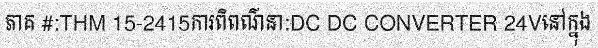
ភាគ #:THM 15-2415ការពិពណ៌នា:DC DC CONVERTER 24Vនៅក្នុង